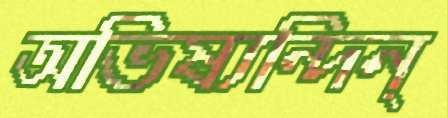
অভিষ্যন্দিন্